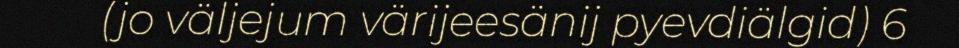
(jo väljejum värijeesänij pyevdiälgid) 6